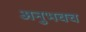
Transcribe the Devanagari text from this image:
अनुभवच